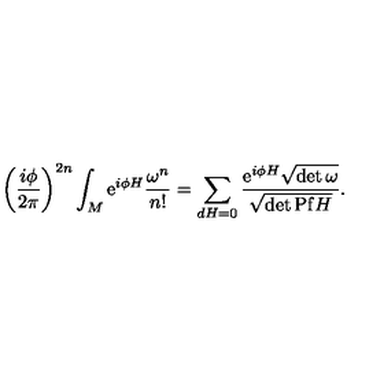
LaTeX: \left( \frac { i \phi } { { 2 \pi } } \right) ^ { 2 n } \int _ { M } \mathrm { e } ^ { i \phi H } \frac { \omega ^ { n } } { n ! } = \sum _ { d H = 0 } \frac { \mathrm { e } ^ { i \phi H } { { \sqrt { \det \omega } } } } { \sqrt { \det \mathrm { P f } H } } .